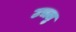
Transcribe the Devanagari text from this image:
उचलु